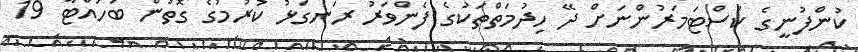
ކުންފުނީގެ ކަސްޓަމަރުންނަށް ދޭ ހިދުމަތްތަކުގެ ފެންވަރު ރަނގަޅު ކުރުމުގެ ގޮތުން ބަހައްޓާ 19